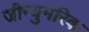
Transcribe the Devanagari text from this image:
जीन्युमरिक